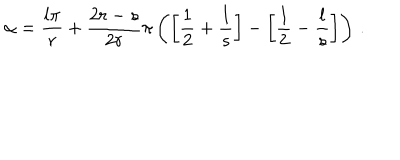
LaTeX: \alpha = \frac { l \pi } { r } + \frac { 2 r - s } { 2 r } \pi \left( \left[ \frac { 1 } { 2 } + \frac { l } { s } \right] - \left[ \frac { 1 } { 2 } - \frac { l } { s } \right] \right) \, .